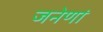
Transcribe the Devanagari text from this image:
जनेणां